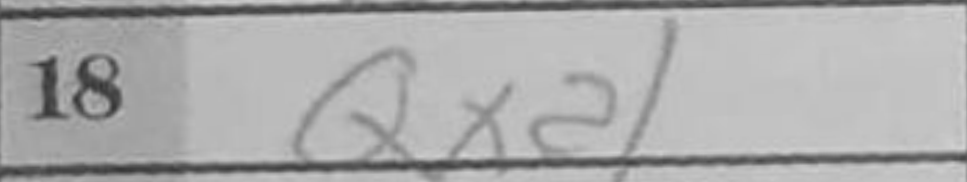
Transcription: Qxa1